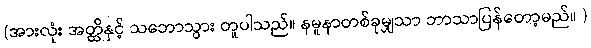
(အားလုံး အတ္ထိနှင့် သဘောသွား တူပါသည်။ နမူနာတစ်ခုမျှသာ ဘာသာပြန်တော့မည်။ )